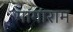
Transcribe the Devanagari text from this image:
मांगाराम